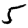
Digit: 5